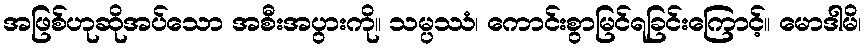
အဖြစ်ဟုဆိုအပ်သော အစီးအပွားကို။ သမ္ပဿံ၊ ကောင်းစွာမြင်ရခြင်းကြောင့်။ မောဒါမိ၊